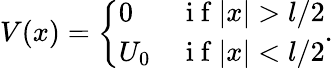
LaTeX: V(x)=\left\{ \begin{array}{lr}{0}&{\mathrm{~i~f~}|x|>l/2}\\ {U_{0}}&{\mathrm{~i~f~}|x|<l/2}\end{array}\right..